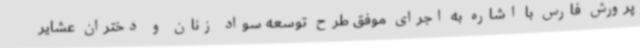
پرورش فارس با اشاره به اجرای موفق طرح توسعه سواد زنان و دختران عشایر